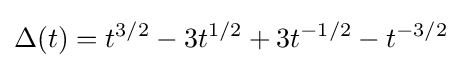
\Delta (t)=t^{3/2}-3t^{1/2}+3t^{-1/2}-t^{-3/2}